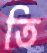
তি